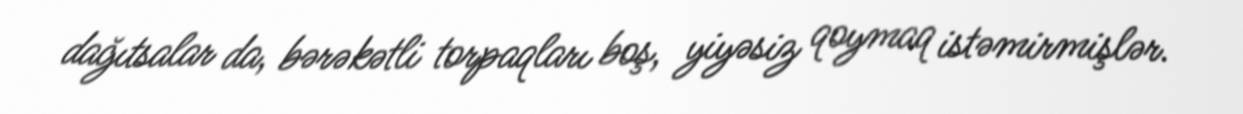
dağıtsalar da, bərəkətli torpaqları boş, yiyəsiz qoymaq istəmirmişlər.